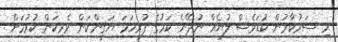
މި ސަރުކާރުން ކުޑަވެސް ލުޔެއް ނުދޭނެ ކަމުގެ ފުރިހަމަ ޔަޤީންކަން ވެރިކަން ކުރުމަށް